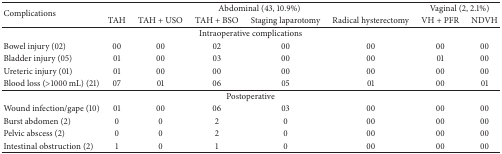
| <ROWSPAN=2> Complications | <COLSPAN=5> Abdominal (43, 10.9%) | <COLSPAN=2> Vaginal (2, 2.1%) |
 | TAH | TAH + USO | TAH + BSO | Staging laparotomy | Radical hysterectomy | VH + PFR | NDVH |
 | --- | --- | --- | --- | --- | --- | --- | --- |
 | <COLSPAN=8> Intraoperative complications |
 | Bowel injury (02) | 00 | 00 | 02 | 00 | 00 | 00 | 00 |
 | Bladder injury (05) | 01 | 00 | 03 | 00 | 00 | 01 | 00 |
 | Ureteric injury (01) | 01 | 00 | 00 | 00 | 00 | 00 | 00 |
 | Blood loss (>1000 mL) (21) | 07 | 01 | 06 | 05 | 01 | 00 | 01 |
 | <COLSPAN=8> Postoperative |
 | Wound infection/gape (10) | 01 | 00 | 06 | 03 | 00 | 00 | 00 |
 | Burst abdomen (2) | 0 | 0 | 2 | 0 | 00 | 00 | 00 |
 | Pelvic abscess (2) | 0 | 0 | 2 | 0 | 00 | 00 | 00 |
 | Intestinal obstruction (2) | 1 | 0 | 1 | 0 | 00 | 00 | 00 |